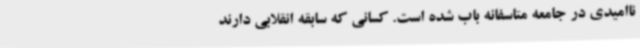
ناامیدی در جامعه متاسفانه باب شده است. کسانی که سابقه انقلابی دارند